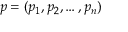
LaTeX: p = ( p _ { 1 } , p _ { 2 } , \ldots , p _ { n } )